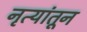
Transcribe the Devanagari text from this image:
नृत्यांतून